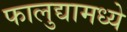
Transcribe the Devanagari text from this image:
फालुद्यामध्ये